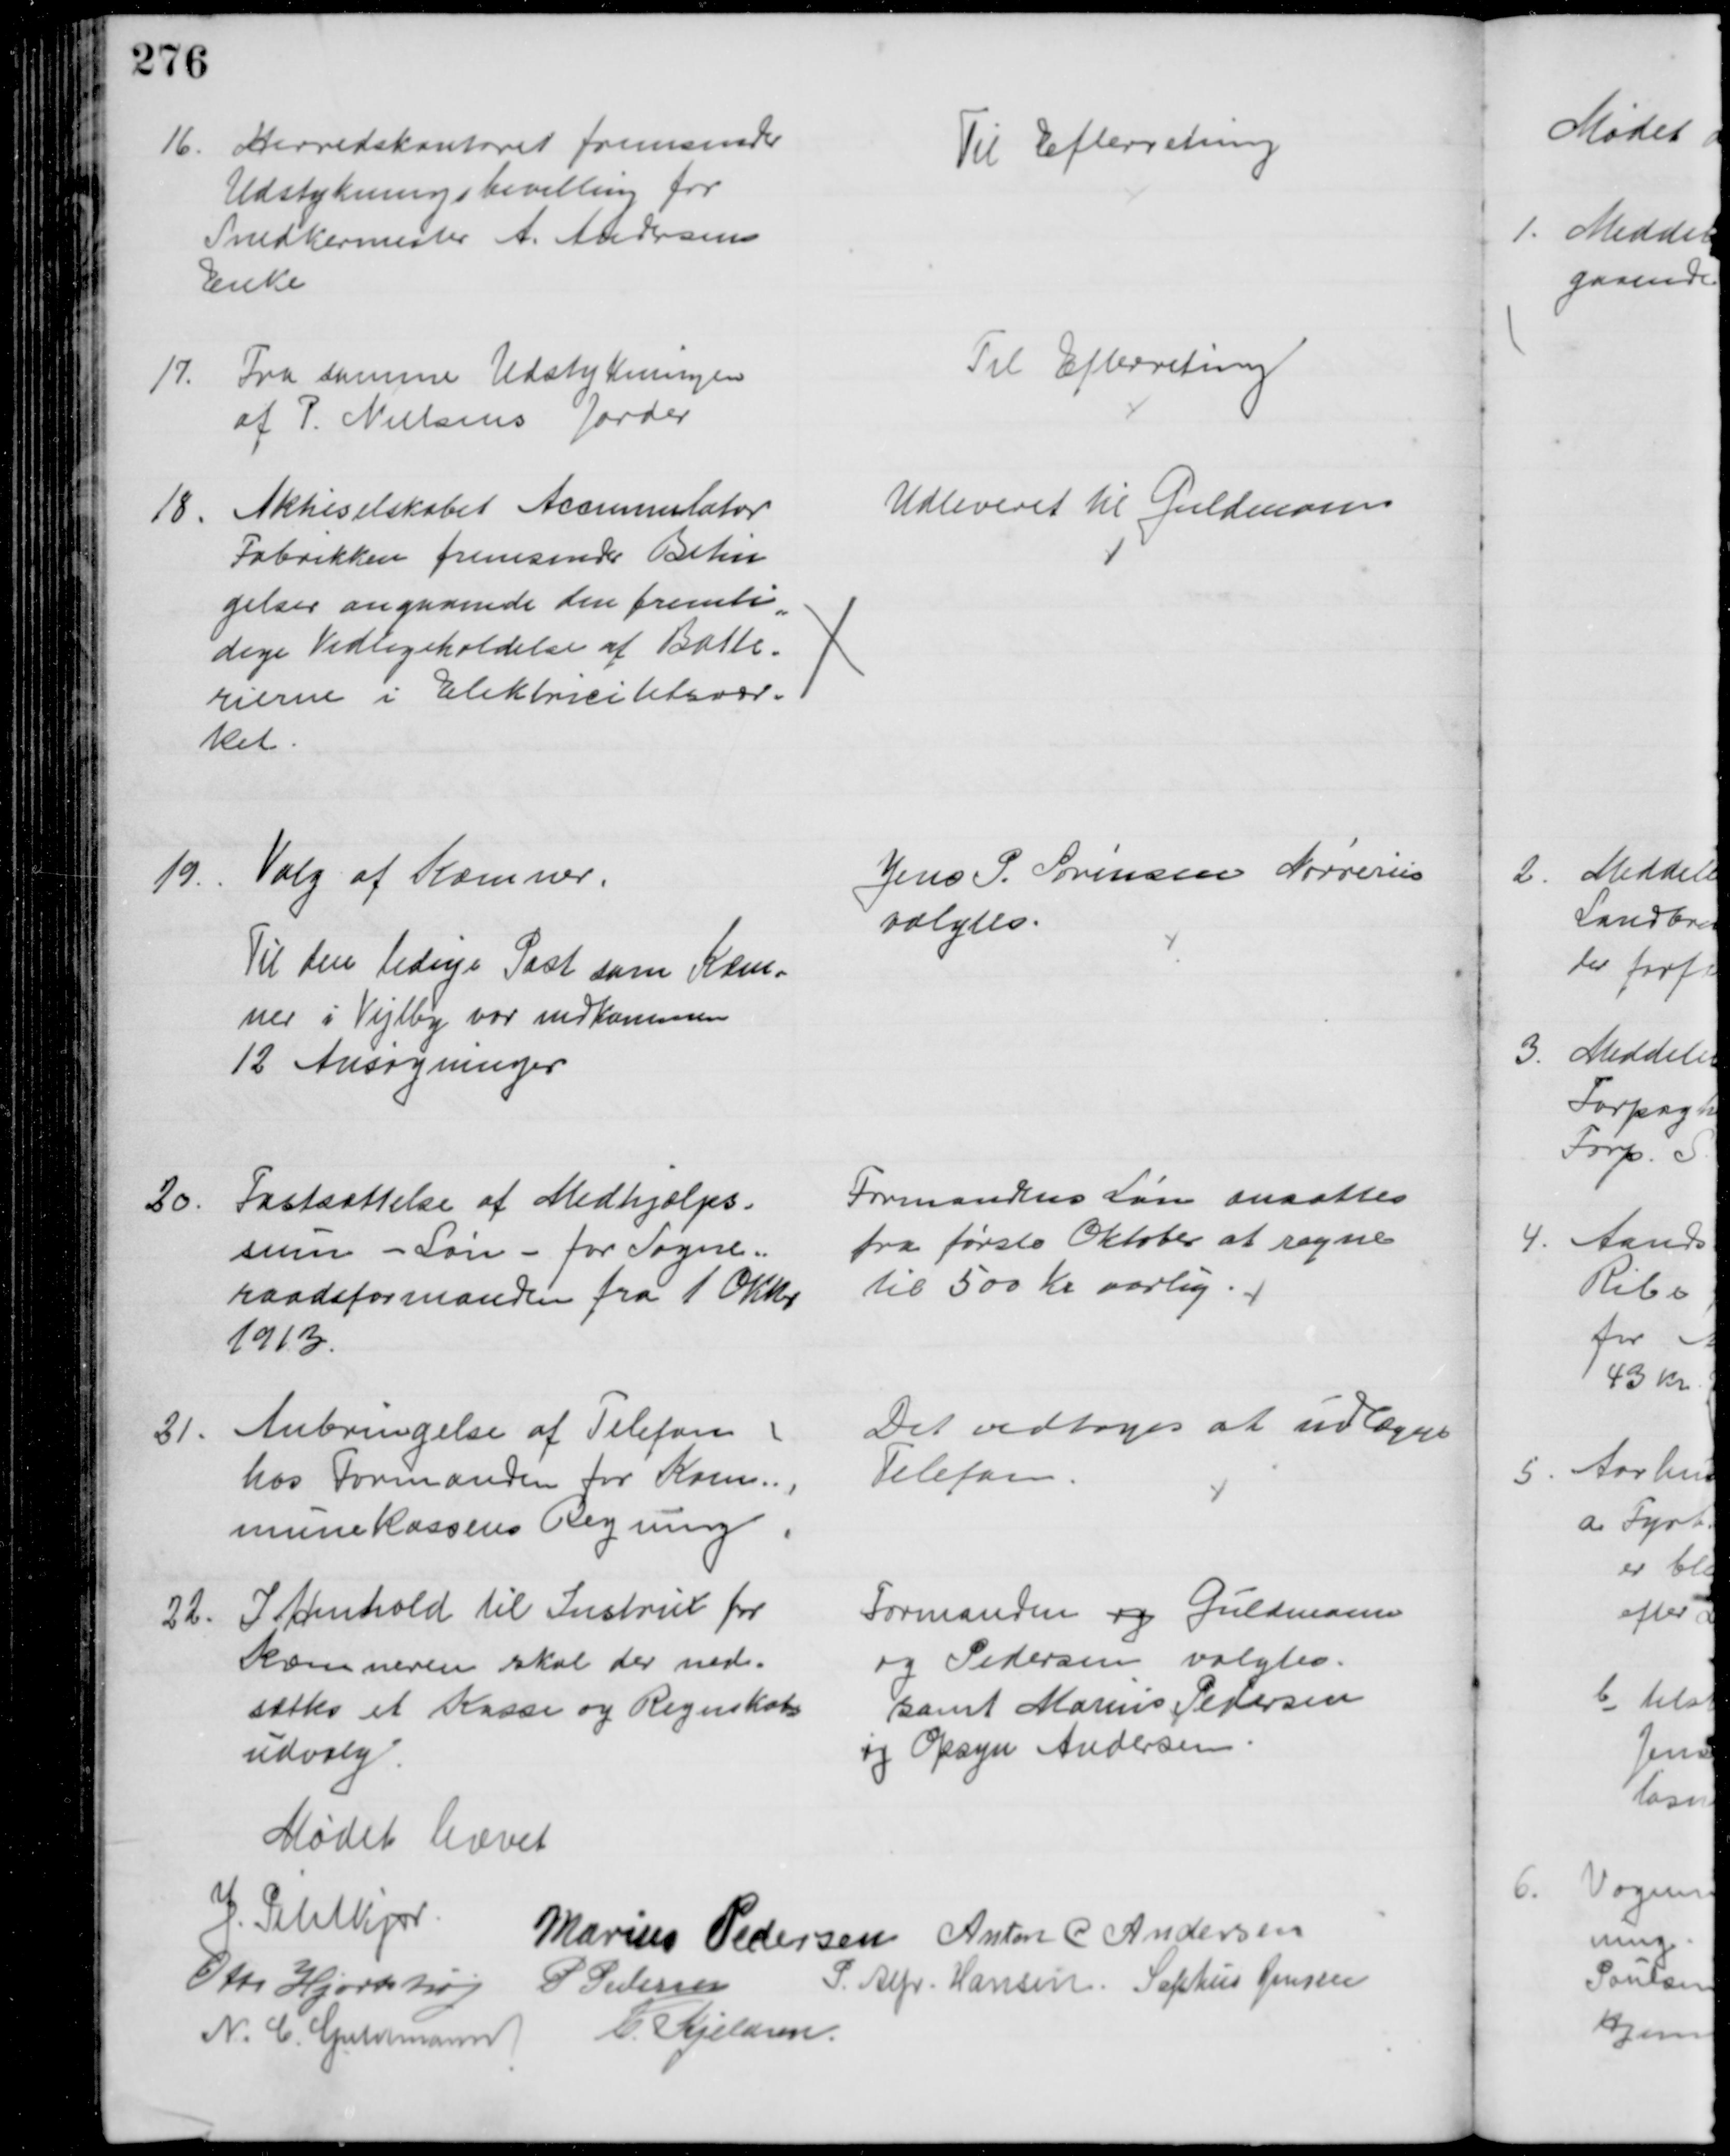
Transskription:
16.
Herredskontoret fremsender
Udstykningsbevilling for
Snedkermester A. Andersens
Enke
Til Efterretning
17.
Fra samme Udstykningen
af P. Nielsens Jorder
Til Efterretning
18. Aktieselskabet Accumulator
Fabrikken fremsender Betin
gelser angaaende den fremti
=
dige Vedligeholdelse af Batte=
rierne i Elektricitetsvær=
ket.
Udleveret til Guldmann
19.
Valg af Kæmner.
Til den ledige Post som Kæm-
ner i Vejlby var indkommen
12 Ansøgninger
Jens S. Sørensen Nørreriis
valgtes.
30.
Fastsættelse af Medhjælps-
sum - Løn - for Sogne=
raadsformanden fra 1 Okbr.
1913.
Formandens Løn ansattes
fra første Oktober at regne
til 500 Kr aarlig
21.
Anbringelse af Telefon
hos Formanden for Kom=
munekassens Regning
Det vedtoges at indlægge
Telefon
22.
I Henhold til Instrux for
Kæmneren skal der ned=
sættes et Kasse og Regnskabs
udvalg
Formanden og Guldmann
og Pedersen valgtes.
samt Marius Pedersen
og Opsyn Andersen
Mødet hævet
J. Pihlkjær
Marius Pedersen Anton C. Andersen
Otto Hjortshøj
P Pedersen
P. Alfr. Hansen. Sophus Jensen
N. C. Guldmann
C. Kjeldsen